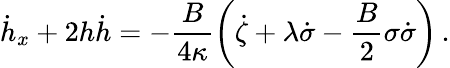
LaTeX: \dot{h}_{x}+2h\dot{h}=-\frac{B}{4\kappa}\left(\dot{\zeta}+\lambda\dot{\sigma}-\frac{B}2\sigma\dot{\sigma}\right)\, .